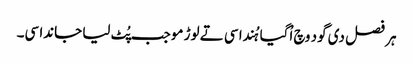
ہر فصل دی گود وچ اُگیا ہُندا سی تے لوڑ موجب پُٹ لیا جاندا سی۔